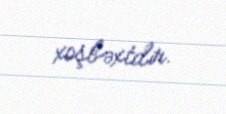
xoşbəxtdir.